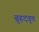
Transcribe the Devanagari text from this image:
बृहदवृत्त